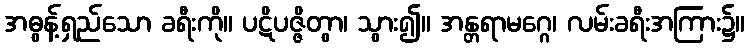
အဓွန့်ရှည်သော ခရီးကို။ ပဋိပဇ္ဇိတွာ၊ သွား၍။ အန္တရာမဂ္ဂေ၊ လမ်းခရီးအကြား၌။